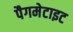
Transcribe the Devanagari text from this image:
पैगमेटाइट